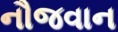
નૌજવાન